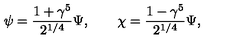
\psi = \frac { 1 + \gamma ^ { 5 } } { 2 ^ { 1 / 4 } } \Psi , \qquad \chi = \frac { 1 - \gamma ^ { 5 } } { 2 ^ { 1 / 4 } } \Psi ,